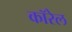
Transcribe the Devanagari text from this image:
कॉरेल